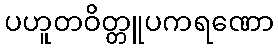
ပဟူတဝိတ္တူပကရဏော